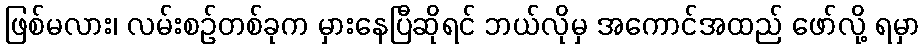
ဖြစ်မလား၊ လမ်းစဉ်တစ်ခုက မှားနေပြီဆိုရင် ဘယ်လိုမှ အကောင်အထည် ဖော်လို့ ရမှာ